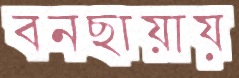
বনছায়ায়